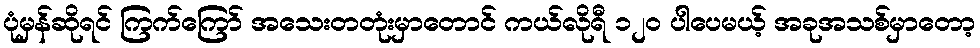
ပုံမှန်ဆိုရင် ကြက်ကြော် အသေးတတုံးမှာတောင် ကယ်လိုရီ ၁၂၀ ပါပေမယ့် အခုအသစ်မှာတော့